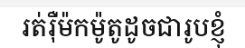
រត់រ៉ឺម៉កម៉ូតូដូចជារូបខ្ញុំ